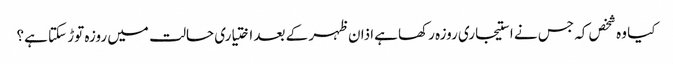
کیا وہ شخص کہ جس نے استیجاری روزہ رکھا ہےاذان ظہر کے بعد اختیاری حالت میں روزہ توڑ سکتا ہے؟